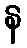
န